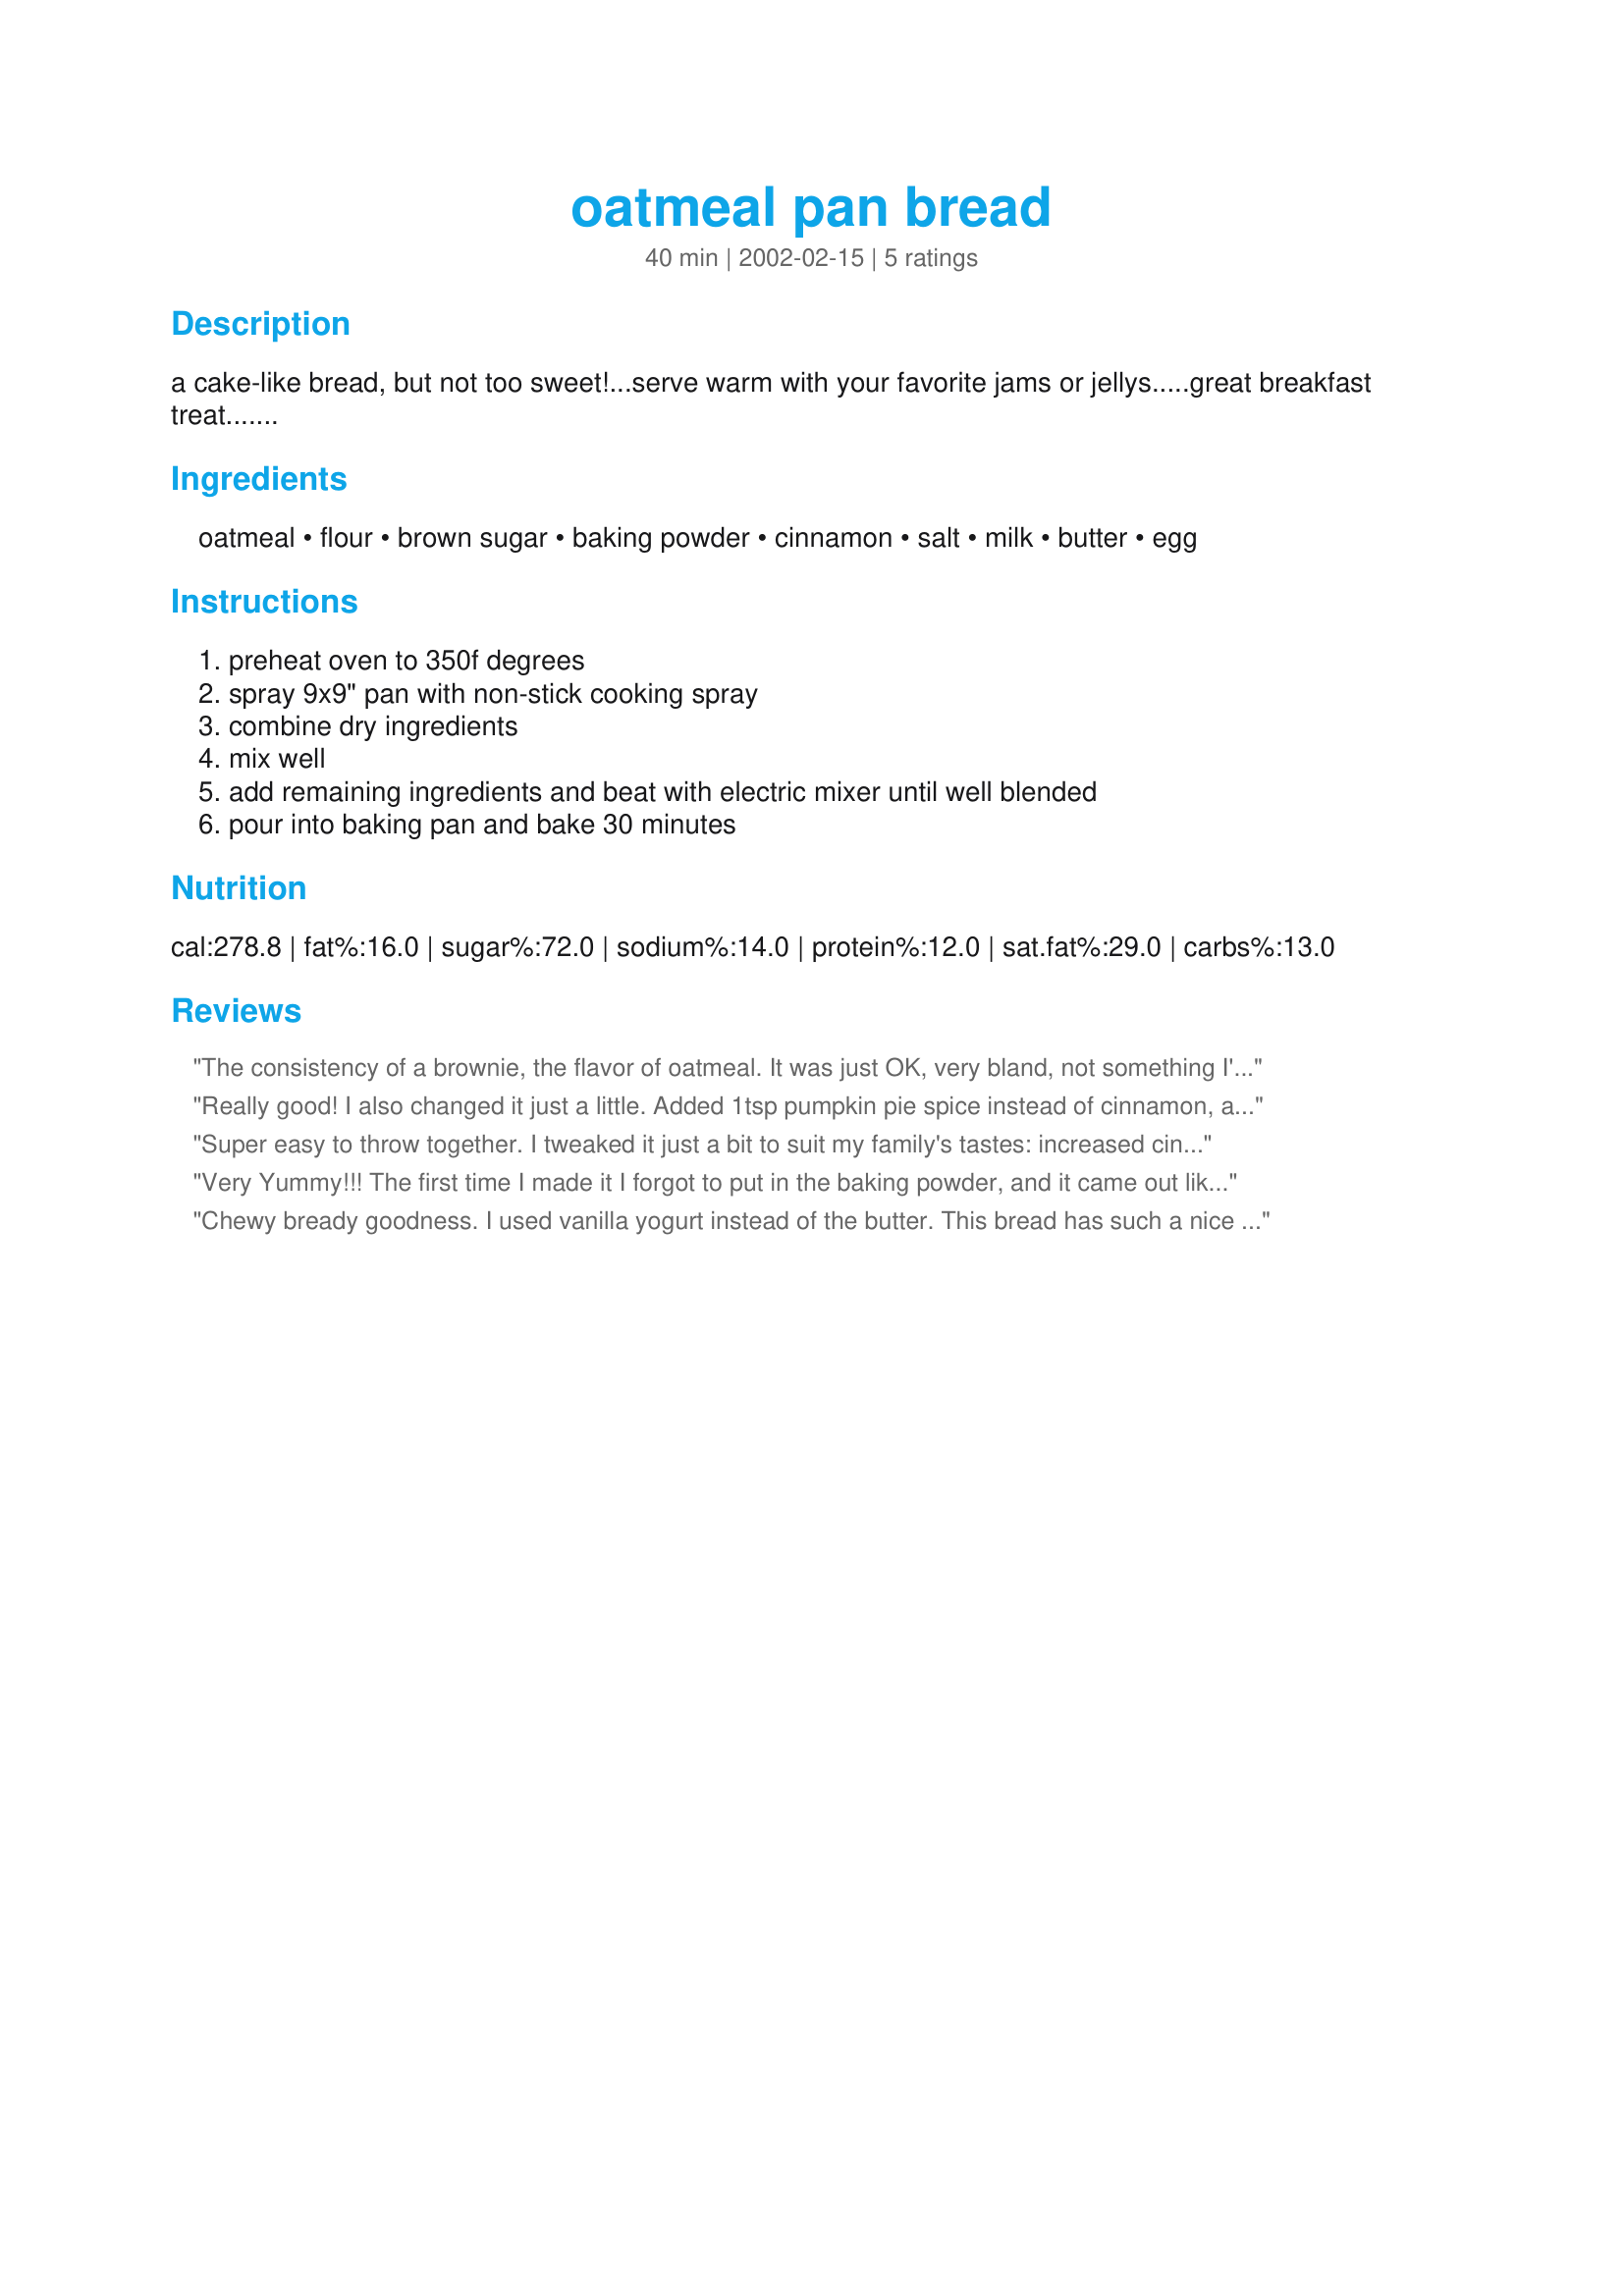
oatmeal pan bread
Preparation time: 40 minutes

a cake-like bread, but not too sweet!...serve warm with your favorite jams or jellys.....great breakfast treat.......

Ingredients:
oatmeal, flour, brown sugar, baking powder, cinnamon, salt, milk, butter, egg

Steps:
preheat oven to 350f degrees, spray 9x9" pan with non-stick cooking spray, combine dry ingredients, mix well, add remaining ingredients and beat with electric mixer until well blended, pour into baking pan and bake 30 minutes

Reviews:
The consistency of a brownie, the flavor of oatmeal. It was just OK, very bland, not something I'd make again.
Really good! I also changed it just a little. Added 1tsp pumpkin pie spice instead of cinnamon, and 1tsp vanilla. I think next time I'll try adding either dried fruit or apple pie filling.
Super easy to throw together. I tweaked it just a bit to suit my family's tastes: increased cinnamon to 1 tsp, added 1 tsp vanilla, and added chopped pecans. This one's a keeper!
Very Yummy!!! The first time I made it I forgot to put in the baking powder, and it came out like a big oatmeal cookie! The second time I added the powder and it came out more like a bread. Both times very good. My family ate it up in a hurry.
Chewy bready goodness. I used vanilla yogurt instead of the butter. This bread has such a nice flavor and texture. And it's easy to make first thing in the morning. Thanks for sharing.
